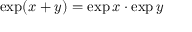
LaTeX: \exp ( x + y ) = \exp x \cdot \exp y